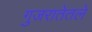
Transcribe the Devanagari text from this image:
गुजरातेतले